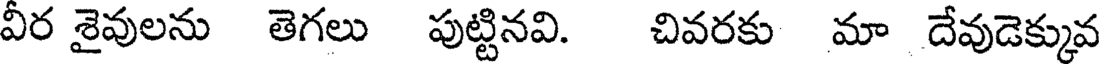
వీర శైవులను తెగలు పుట్టినవి. చివరకు మా దేవుడెక్కువ